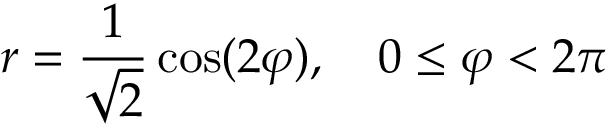
r = { \frac { 1 } { \sqrt { 2 } } } \cos ( 2 \varphi ) , \quad 0 \leq \varphi < 2 \pi